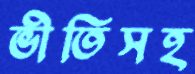
ভীতিসহ